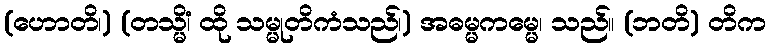
(ဟောတိ၊) (တသ္မိံ၊ ထို သမ္မုတိကံသည်၊) အဓမ္မကမ္မေ၊ သည်။ (ဘတိ) တိက